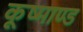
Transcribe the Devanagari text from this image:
कूष्माण्ड